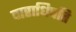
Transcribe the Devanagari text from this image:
वाराधिपति